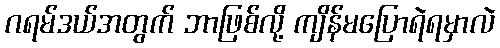
ဂရမ်ဒယ်အတွက် ဘာဖြစ်လို့ ကျိန်မပြောရဲရမှာလဲ